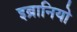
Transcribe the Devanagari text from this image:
इब्रानियो